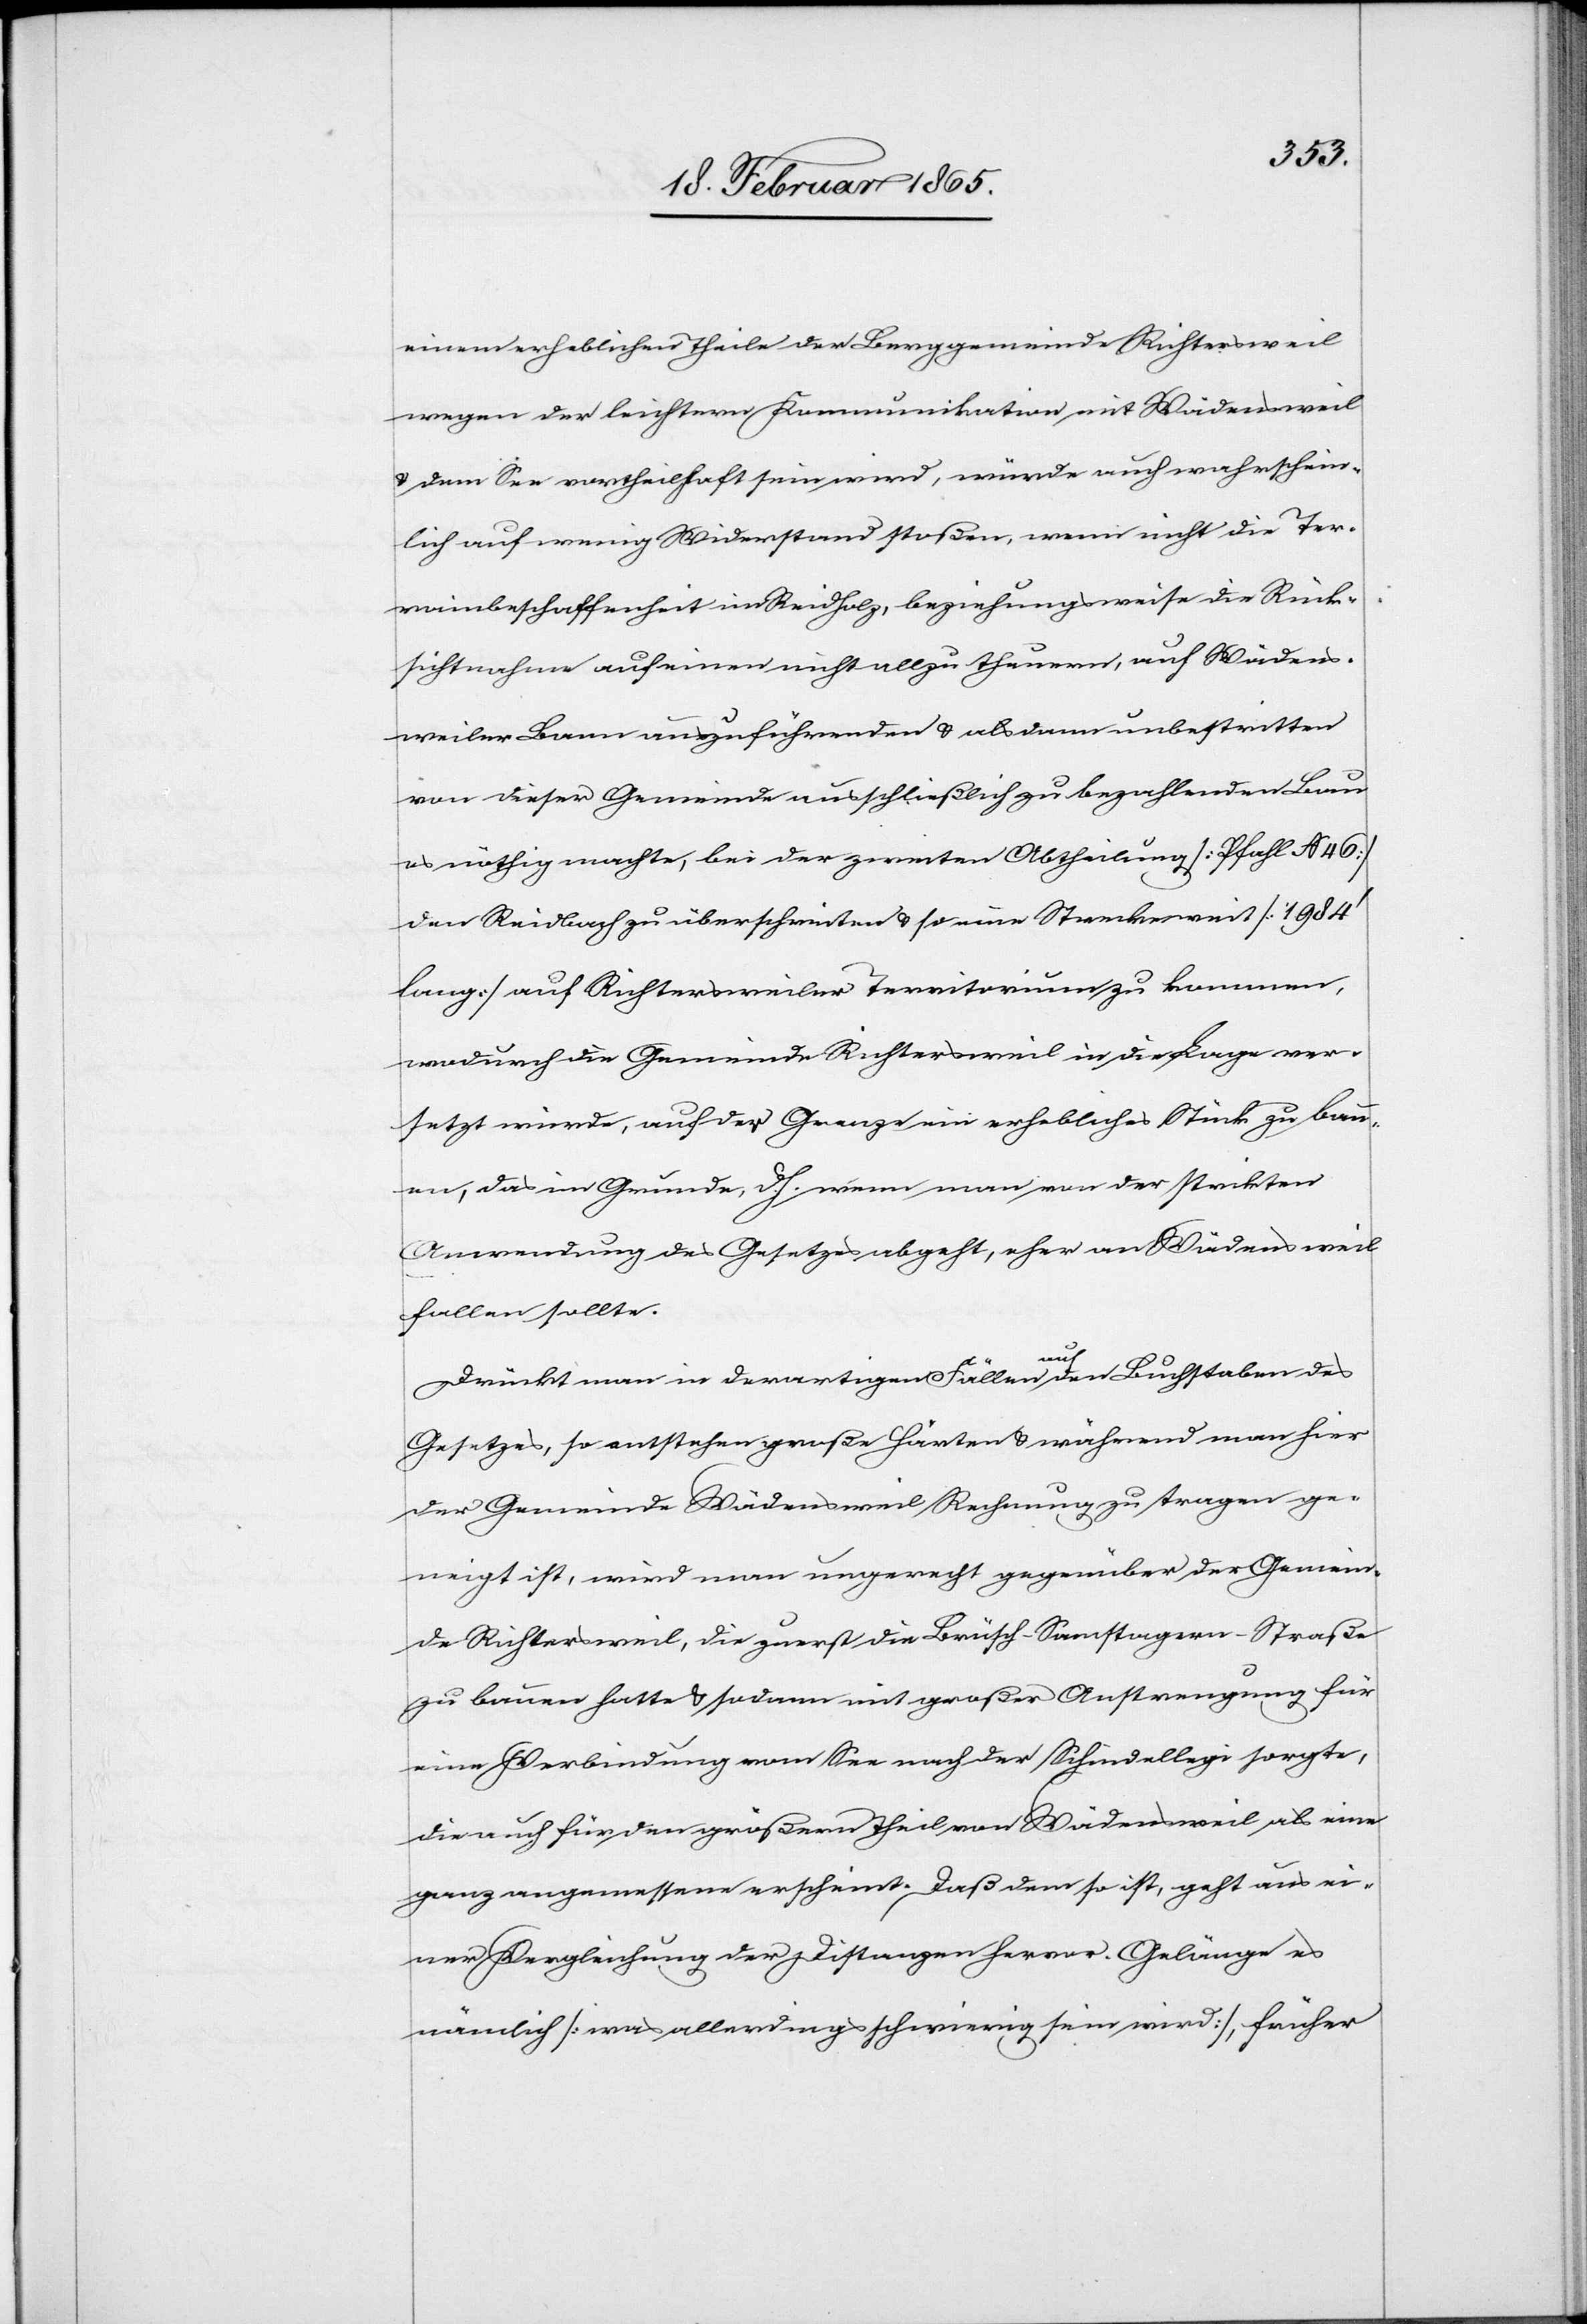
einem erheblichen Theile der Berggemeinde Richtersweil
wegen der leichtern Kommunikation mit Wädensweil
u. dem See vortheilhaft sein wird, würde auch wahrschein¬
lich auf wenig Widerstand stoßen, wenn nicht die Ter¬
rainbeschaffenheit im Reidholz, beziehungsweise die Rück¬
sichtnahme auf einen nicht allzu theuren, auf Wädens¬
weiler Bann auszuführenden u. alsdann unbestritten
von dieser Gemeinde ausschließlich zu bezahlenden Bau
es nöthig machte, bei der zweiten Abtheilung [Pfahl N 46]
den Reidbach zu überschreiten u. so eine Streckenweit [1984’
lang] auf Richtersweiler Territorium zu kommen,
wodurch die Gemeinde Richtersweil in die Lage ver¬
setzt würde, auf der Grenze ein erhebliches Stück zu bau¬
en, das im Grunde, d. h. wenn man von der strikten
Anwendung des Gesetzes abgeht, eher an Wädensweil
fallen sollte.
Drückt man in derartigen Fällen auf den Buchstaben des
Gesetzes, so entstehen große Härten u. während man hier
der Gemeinde Wädensweil Rechnung zu tragen ge¬
neigt ist, wird man ungerecht gegenüber der Gemein¬
de Richtersweil, die zuerst die Brüsch-Samstagern-Straße
zu bauen hatte u. sodann mit großer Anstrengung für
eine Verbindung vom See nach der Schindellegi sorgte,
die auch für den größern Theil von Wädensweil als eine
ganz angemessene erscheint. Daß dem so ist, geht aus ei¬
ner Vergleichung der Distanzen hervor. Gelänge es
nämlich [was allerdings schwierig sein wird], früher